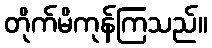
တိုက်မိကုန်ကြသည်။